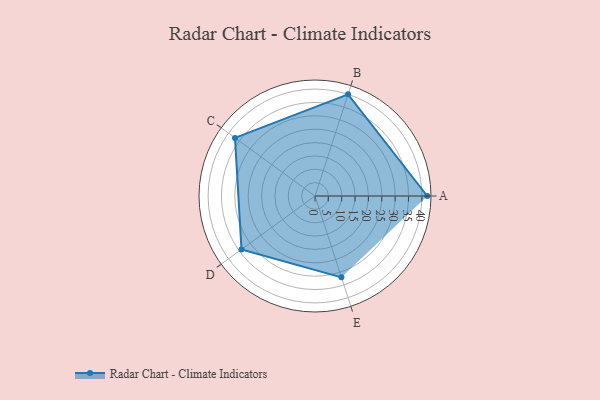
{"axis": {"x": "Skill", "y": "Score"}, "legend": ["Profile"], "data": [{"x": "A", "y": 42.0, "type": "Profile"}, {"x": "B", "y": 40.0, "type": "Profile"}, {"x": "C", "y": 37.0, "type": "Profile"}, {"x": "D", "y": 34.0, "type": "Profile"}, {"x": "E", "y": 32.0, "type": "Profile"}]}